Report on vaccination in the Province of Bengal - 1874-1889
Year: 1874
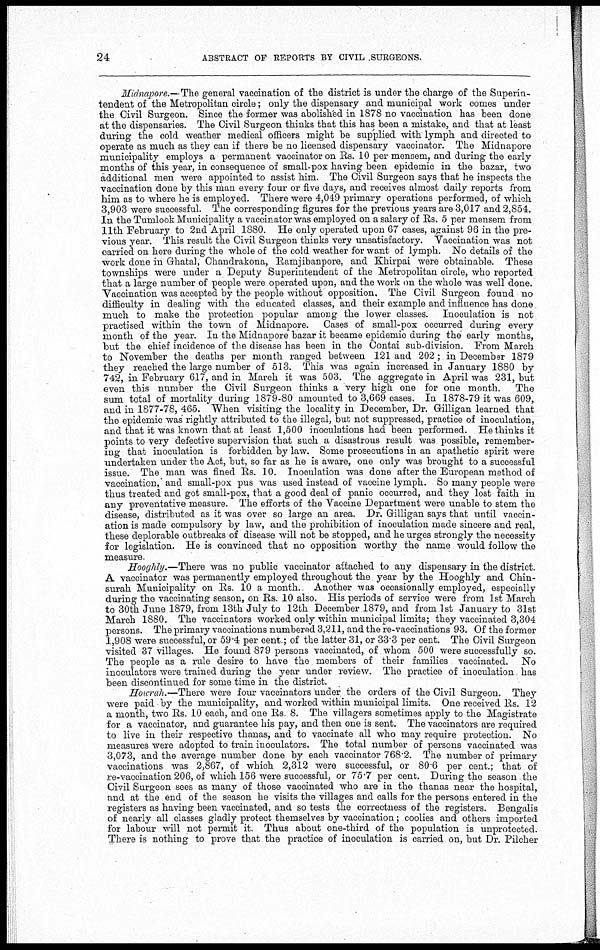
24
ABSTRACT OF REPORTS BY CIVIL SURGEONS.
Midnapore.— The general vaccination of the district is under the charge of the Superin-
tendent of the Metropolitan circle; only the dispensary and municipal work comes under
the Civil Surgeon. Since the former was abolished in 1878 no vaccination has been done
at the dispensaries. The Civil Surgeon thinks that this has been a mistake, and that at least
during the cold weather medical officers might be supplied with lymph and directed to
operate as much as they can if there be no licensed dispensary vaccinator. The Midnapore
municipality employs a permanent vaccinator on Rs. 10 per mensem, and during the early
months of this year, in consequence of small-pox having been epidemic in the bazar, two
additional men were appointed to assist him. The Civil Surgeon says that he inspects the
vaccination done by this man every four or five days, and receives almost daily reports from
him as to where he is employed. There were 4,049 primary operations performed, of which
3,903 were successful. The corresponding figures for the previous years are 3,017 and 2,854.
In the Tumlook Municipality a vaccinator was employed on a salary of Rs. 5 per mensem from
11th February to 2nd April 1880. He only operated upon 67 cases, against 96 in the pre-
vious year. This result the Civil Surgeon thinks very unsatisfactory. Vaccination was not
carried on here during the whole of the cold weather for want of lymph. No details of the
work done in Ghatal, Chandrakona, Ramjibanpore, and Khirpai were obtainable. These
townships were under a Deputy Superintendent of the Metropolitan circle, who reported
that a large number of people were operated upon, and the work on the whole was well done.
Vaccination was accepted by the people without opposition. The Civil Surgeon found no
difficulty in dealing with the educated classes, and their example and influence has done
much to make the protection popular among the lower classes. Inoculation is not
practised within the town of Midnapore. Cases of small-pox occurred during every
month of the year. In the Midnapore bazar it became epidemic during the early months,
but the chief incidence of the disease has been in the Contai sub-division. From March
to November the deaths per month ranged between 121 and 202; in December 1879
they reached the large number of 513. This was again increased in January 1880 by
742, in February 617, and in March it was 503. The aggregate in April was 231, but
even this number the Civil Surgeon thinks a very high one for one month.
The
sum total of mortality during 1879-80 amounted to 3,669 cases. In 1878-79 it was 609,
and in 1877-78, 465. When visiting the locality in December, Dr. Gilligan learned that
the epidemic was rightly attributed to the illegal, but, not suppressed, practice of inoculation,
and that it was known that at least 1,500 inoculations had been performed. He thinks it
points to very defective supervision that such a disastrous result was possible, remember-
ing that inoculation is forbidden by law. Some prosecutions in an apathetic spirit were
undertaken under the Act, but, so far as he is aware, one only was brought to a successful
issue. The man was fined Rs. 10. Inoculation was done after the European method of
vaccination,' and small-pox pus was used instead of vaccine lymph. So many people were
thus treated and got small-pox, that a good deal of panic occurred, and they lost faith in
any preventative measure. The efforts of the Vaccine Department were unable to stem the
disease, distributed as it was over so large an area. Dr. Gilligan says that until vaccin-
ation is made compulsory by law, and the prohibition of inoculation made sincere and real,
these deplorable outbreaks of disease will not be stopped, and he urges strongly the necessity
for legislation. He is convinced that no opposition worthy the name would follow the
measure.
Hooghly.—There was no public vaccinator attached to any dispensary in the district.
A vaccinator was permanently employed throughout the year by the Hooghly and Chin-
surah Municipality on Rs. 10 a month.. Another was occasionally employed, especially
during the vaccinating season, on Rs. 10 also. His periods of service were from 1st March
to 30th June 1879, from 13th July to 12th December 1879, and from 1st January to 31st
March 1880. The vaccinators worked only within municipal limits; they vaccinated 3,304
persons. The primary vaccinations numbered 3,211, and the re-vaccinations 93. Of the former
1,908 were successful, or 59.4 per cent.; of the latter 31, or 33.3 per cent. The Civil Surgeon
visited 37 villages. He found 879 persons vaccinated, of whom 500 were successfully so.
The people as a rule desire to have the members of their families vaccinated. No
inoculators were trained during the year under review. The practice of inoculation. has
been discontinued for some time in the district.
Howrah.—There were four vaccinators under the orders of the Civil Surgeon. They
were paid by the municipality, and worked within municipal limits. One received Rs. 12
a month, two Rs. 10 each, and one Rs 8. The villagers sometimes apply to the Magistrate
for a vaccinator, and guarantee his pay, and then one is sent. The vaccinators are required
to live in their respective thanas, and to vaccinate all who may require protection. No
measures were adopted to train inoculators. The total number of persons vaccinated was
3,073, and the average number done by each vaccinator 768.2. The number of primary
vaccinations was 2,867, of which 2,312 were successful, or 80.6 per cent.; that of
re-vaccination 206, of which 156 were successful, or 75.7 per cent. During the season the
Civil Surgeon sees as many of those vaccinated who are in the thanas near the hospital,
and at the end of the season he visits the villages and calls for the persons entered in the
registers as having been vaccinated, and so tests the correctness of the registers. Bengalis
of nearly all classes gladly protect themselves by vaccination; coolies and others imported
for labour will not permit it. Thus about one-third of the population is unprotected.
There is nothing to prove that the practice of inoculation is carried on, but Dr. Pilcher